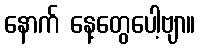
နောက် နေ့တွေပေါ့ဗျာ။